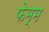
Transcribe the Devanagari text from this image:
फेम्म